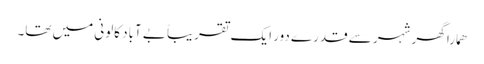
ھمارا گھر شہر سے قدرے دور ایک تقریباً بے آباد کالونی میں تھا۔